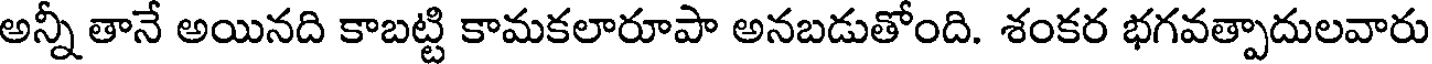
అన్నీ తానే అయినది కాబట్టి కామకలారూపా అనబడుతోంది. శంకర భగవత్పాదులవారు